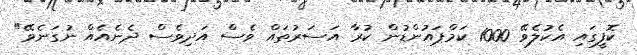
ކޮފީގައި އެކުލެވޭ 1000 ކަމްޕައުންޑުން ކުރާ އަސަރުތައް ވެސް އަދިވެސް ދެނެއެއް ނުގަނެވޭ"